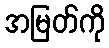
အမြတ်ကို